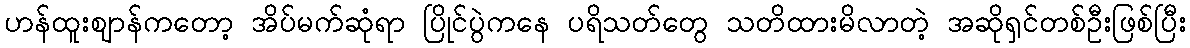
ဟန်ထူးဈာန်ကတော့ အိပ်မက်ဆုံရာ ပြိုင်ပွဲကနေ ပရိသတ်တွေ သတိထားမိလာတဲ့ အဆိုရှင်တစ်ဦးဖြစ်ပြီး